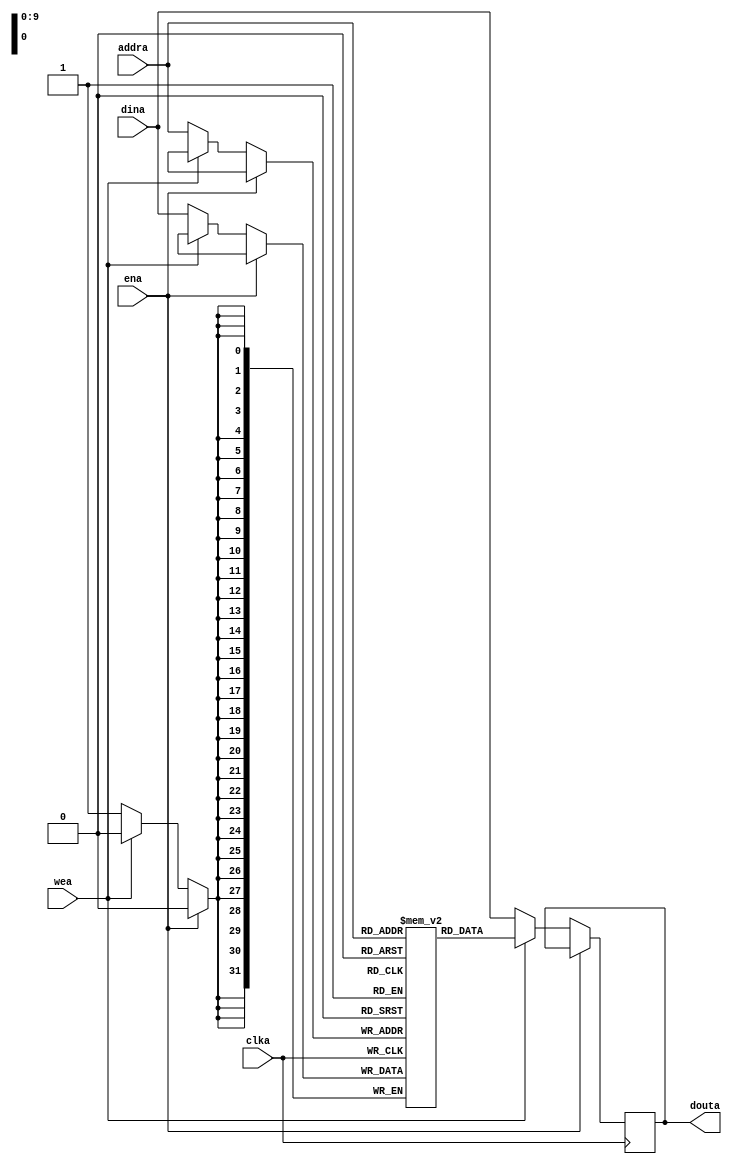
module xilinx_single_port_ram_write_first #(
  parameter RAM_WIDTH = 32,                       // Specify RAM data width
  parameter RAM_DEPTH = 1024,                     // Specify RAM depth (number of entries) 
  parameter INIT_FILE = ""                        // Specify name/location of RAM initialization file if using one (leave blank if not)
) (
  input [clogb2(RAM_DEPTH-1)-1:0] addra,  // Address bus, width determined from RAM_DEPTH
  input [RAM_WIDTH-1:0] dina,           // RAM input data
  input clka,                           // Clock
  input wea,                            // Write enable
  input ena,                            // RAM Enable, for additional power savings, disable port when not in use
  output [RAM_WIDTH-1:0] douta          // RAM output data
);

  reg [RAM_WIDTH-1:0] BRAM [RAM_DEPTH-1:0];
  reg [RAM_WIDTH-1:0] ram_data = {RAM_WIDTH{1'b0}};

  // The following code either initializes the memory values to a specified file or to all zeros to match hardware
  generate
    if (INIT_FILE != "") begin: use_init_file
      initial
        $readmemh(INIT_FILE, BRAM, 0, RAM_DEPTH-1);
    end else begin: init_bram_to_zero
      integer ram_index;
      initial
        for (ram_index = 0; ram_index < RAM_DEPTH; ram_index = ram_index + 1)
          BRAM[ram_index] = {RAM_WIDTH{1'b0}};
    end
  endgenerate

  always @(posedge clka)
    if (!ena)
      if (!wea) begin
        BRAM[addra] <= dina; 
        ram_data <= dina;
      end else
        ram_data <= BRAM[addra];        

  assign douta = ram_data;

  //  The following function calculates the address width based on specified RAM depth
  function integer clogb2;
    input integer depth;
      for (clogb2=0; depth>0; clogb2=clogb2+1)
        depth = depth >> 1;
  endfunction

endmodule